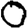
Digit: 0